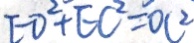
E D ^ { 2 } + E C ^ { 2 } = O C ^ { 2 }